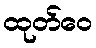
ထုတ်ဝေ